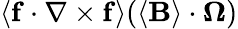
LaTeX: \langle\mathbf{f}\cdot\nabla\times\mathbf{f}\rangle(\langle\mathbf{B}\rangle\cdot\boldsymbol{\Omega})